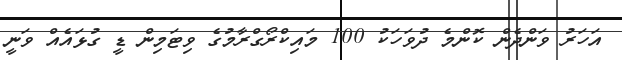
އަހަރު ވަންދެން ކޮންމެ ދުވަހަކު 100 މައިކްރޯގްރާމުގެ ވިޓަމިން ޑީ ގުޅައެއް ވަނީ